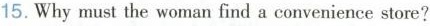
15.Whymust the woman find a convenience store?